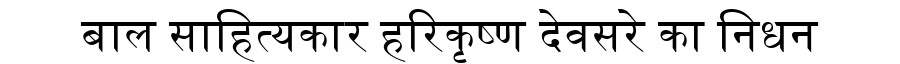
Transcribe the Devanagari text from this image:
बाल साहित्यकार हरिकृष्ण देवसरे का निधन